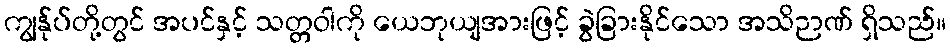
ကျွန်ုပ်တို့တွင် အပင်နှင့် သတ္တဝါကို ယေဘုယျအားဖြင့် ခွဲခြားနိုင်သော အသိဉာဏ် ရှိသည်။